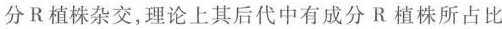
分R植株杂交，理论上其后代中有成分R植株所占比